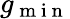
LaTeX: g_{\mathrm{~m~i~n~}}